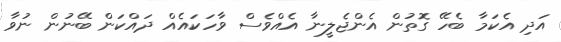
އަދި އެކަމާ ބެހޭ ގޮތުން އެންޖެލީނާ އެއްވެސް ވާހަކައެއް ދައްކަން ބޭނުން ނުވާ